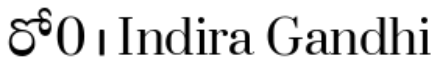
రో0 । Indira Gandhi